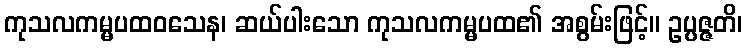
ကုသလကမ္မပထဝသေန၊ ဆယ်ပါးသော ကုသလကမ္မပထ၏ အစွမ်းဖြင့်။ ဥပ္ပဇ္ဇတိ၊